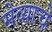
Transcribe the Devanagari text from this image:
मेव्याचे